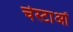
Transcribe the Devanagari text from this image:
चेस्टाओं